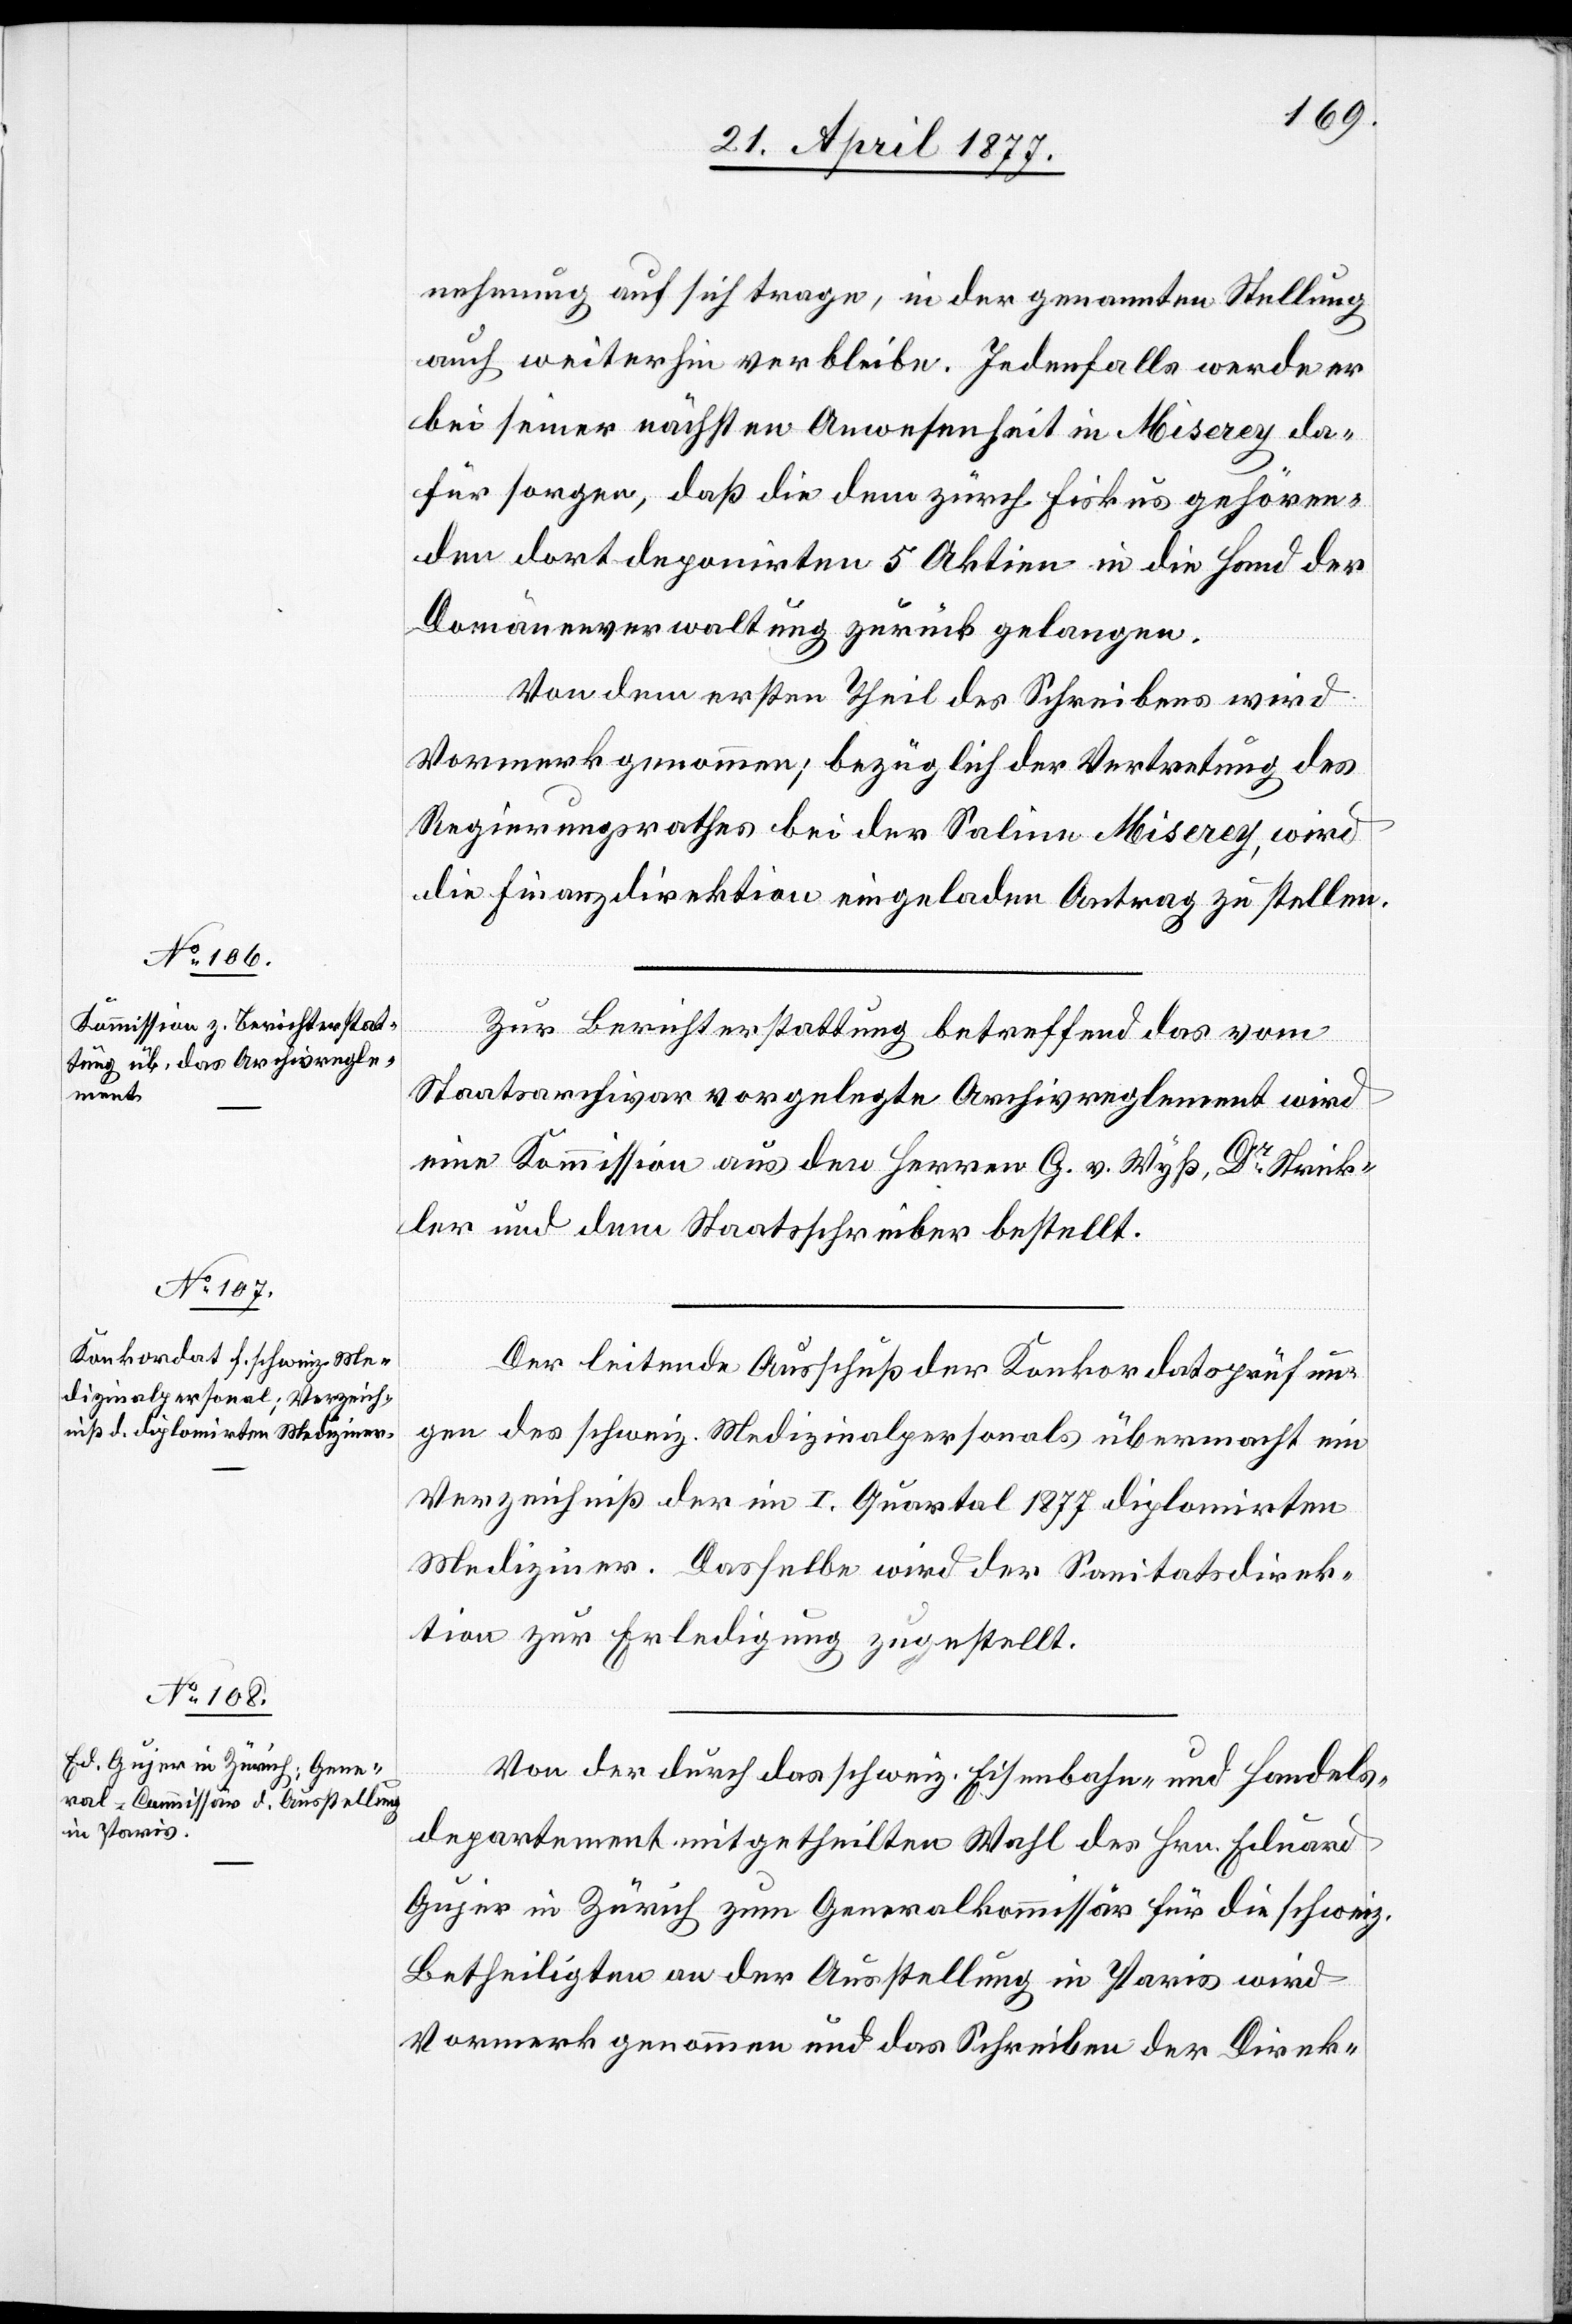
nehmung auf sich trage, in der genannten Stellung
auch weiterhin verbleibe. Jedenfalls werde er
bei seiner nächsten Anwesenheit in Miserey da¬
für sorgen, daß die dem zürch. Fiskus gehören¬
den dort deponirten 5 Aktien in die Hand der
Domänenverwaltung zurück gelangen.
Von dem ersten Theil des Schreibens wird
Vormerk genommen; bezüglich der Vertretung des
Regierungsrathes bei der Saline Miserey, wird
die Finanzdirektion eingeladen Antrag zu stellen.
Zur Berichterstattung betreffend das vom
Staatsarchivar vorgelegte Archivreglement wird
eine Kommission aus den Herren G. v. Wyß, Dr Strick¬
ler und dem Staatsschreiber bestellt.
Der leitende Ausschuß der Konkordatsprüfun¬
gen des schweiz. Medizinalpersonals übermacht ein
Verzeichniß der im I. Quartal 1877 diplomirten
Mediziner. Dasselbe wird der Sanitätsdirek¬
tion zur Erledigung zugestellt.
Von der durch das schweiz. Eisenbahn- und Handels¬
departement mitgetheilten Wahl des Hrn. Eduard
Gujer in Zürich zum Generalkommissär für die schweiz.
Betheiligten an der Ausstellung in Paris wird
Vormerk genommen und das Schreiben der Direk-